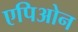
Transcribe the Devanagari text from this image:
एपिओन